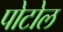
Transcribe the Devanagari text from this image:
पोटोल